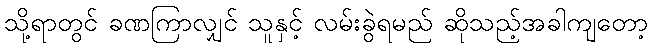
သို့ရာတွင် ခဏကြာလျှင် သူနှင့် လမ်းခွဲရမည် ဆိုသည့်အခါကျတော့